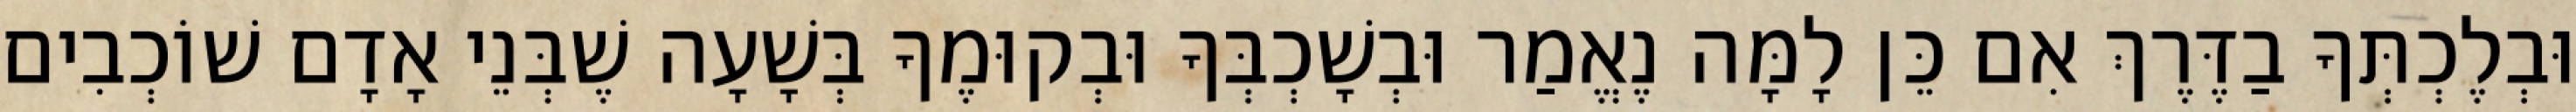
וּבְלֶכְתְּךָ בַדֶּרֶךְ אִם כֵּן לָמָּה נֶאֱמַר וּבְשָׁכְבְּךָ וּבְקוּמֶךָ בְּשָׁעָה שֶׁבְּנֵי אָדָם שׁוֹכְבִים